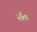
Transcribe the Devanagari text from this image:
स्त्रैणं